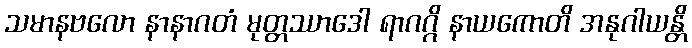
သမာနဗလော နာနာဂတံ မုတ္တဿာဒေါ ရာဂဂ္ဂိ နာယကောတိ အနုဂါယန္တိ